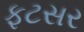
ફટસર